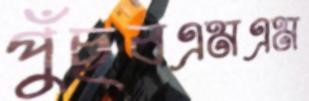
পুঁছবএমএম